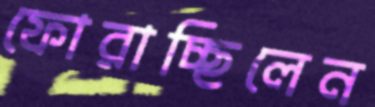
ফোরাচ্ছিলেন